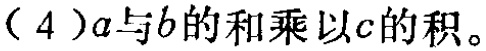
$(4)(a + b) \times c$